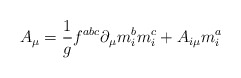
\begin{align*}A_\mu =\frac 1gf^{abc}\partial _\mu m_i^bm_i^c+A_{i\mu }m_i^a\end{align*}